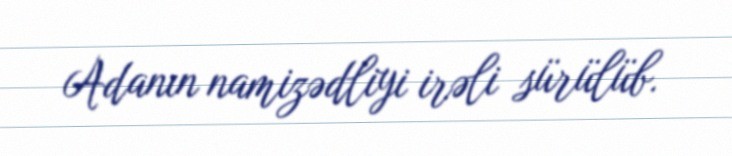
Adanın namizədliyi irəli sürülüb.